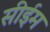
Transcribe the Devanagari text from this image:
सीईम